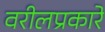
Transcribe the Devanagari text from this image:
वरीलप्रकारे